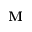
\textbf { M }